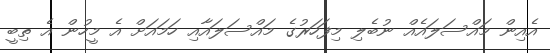
އެއިން މައްސަލައެއް ނުބެލި މިފަހަރުގެ މައްސަލައާއި ހަމައަށް އެ މީހުން އެ ތިބީ